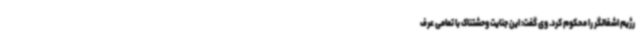
رژیم اشغالگر را محکوم کرد. وی گفت: این جنایت وحشتناک با تمامی عرف